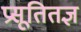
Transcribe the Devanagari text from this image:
प्रसूतितज्ञ